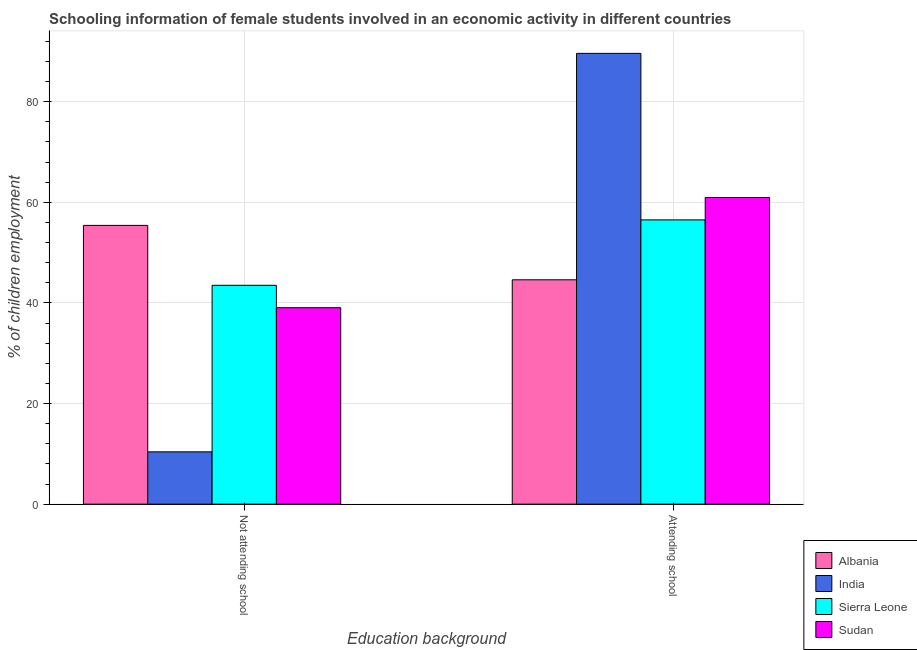
| Education background | Albania | India | Sierra Leone | Sudan |
 | --- | --- | --- | --- | --- |
 | Not attending school | 55.4 | 10.4 | 43.5 | 39 |
 | Attending school | 44.6 | 89.6 | 56.5 | 61 |